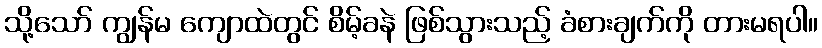
သို့သော် ကျွန်မ ကျောထဲတွင် စိမ့်ခနဲ ဖြစ်သွားသည့် ခံစားချက်ကို တားမရပါ။